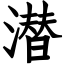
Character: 潜